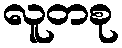
လူတစု